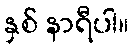
နှစ် နာရီပါ။